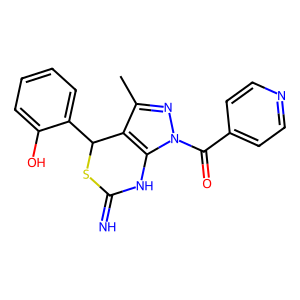
SMILES: Cc1nn(C(=O)c2ccncc2)c2c1C(c1ccccc1O)SC(=N)N2
Inhibits HIV replication: No